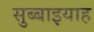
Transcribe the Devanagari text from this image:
सुब्बाइयाह